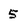
Character: 5